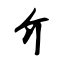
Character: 介